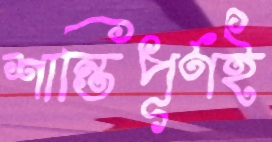
শান্তিপূর্ণই